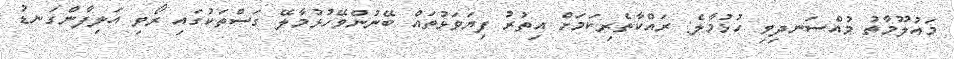
މައުލޫމާތު މުއްސަނދިވި ހުޅުމާލެ: ރައްކާތެރިކަމަށް އިތުރު ފިޔަވަޅުތައް ބޭނުންވޭހުޅުމާލޭ ގަސްތަކުގައި ރޯވި އަލިފާންގަނޑު